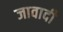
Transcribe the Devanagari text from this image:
जावादी